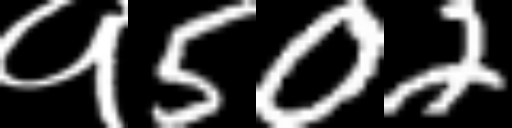
Text: १502